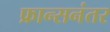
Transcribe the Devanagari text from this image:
फ्रान्सनंतर